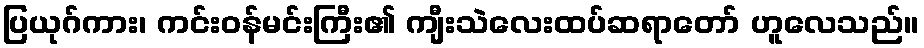
ပြယုဂ်ကား၊ ကင်းဝန်မင်းကြီး၏ ကျီးသဲလေးထပ်ဆရာတော် ဟူလေသည်။